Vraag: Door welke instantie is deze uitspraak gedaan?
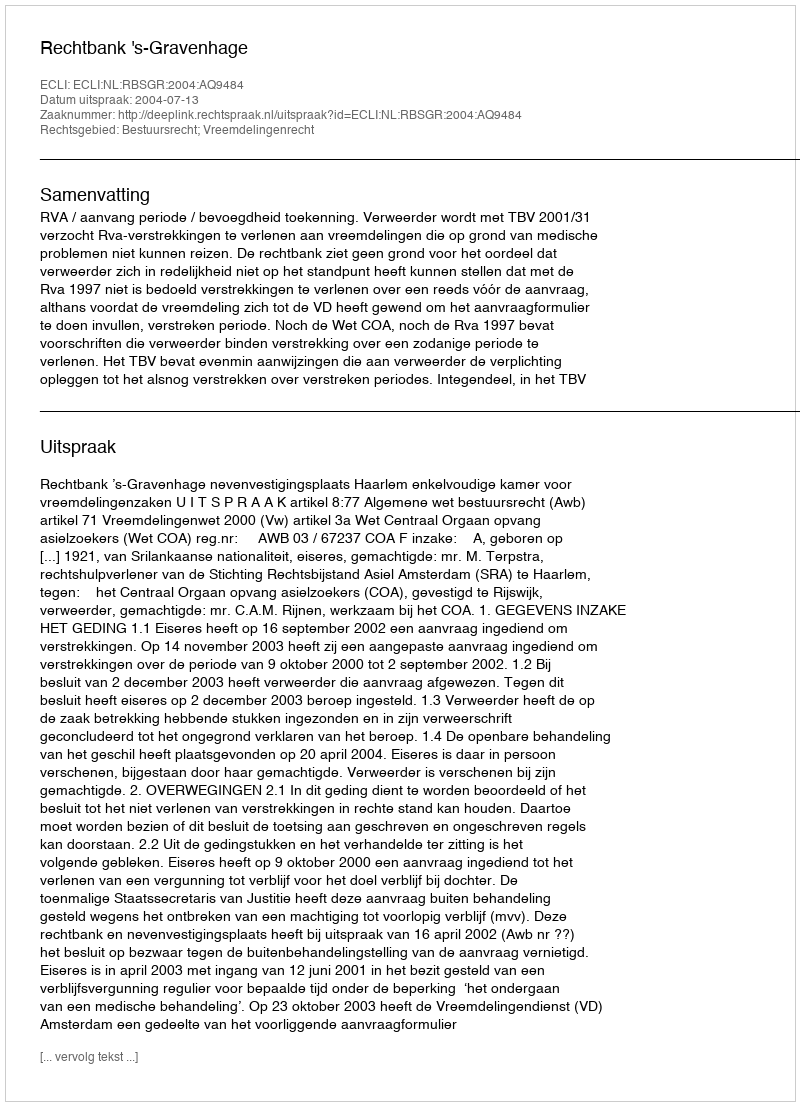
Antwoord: Rechtbank 's-Gravenhage